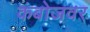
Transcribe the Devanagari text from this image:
कंबोजवर